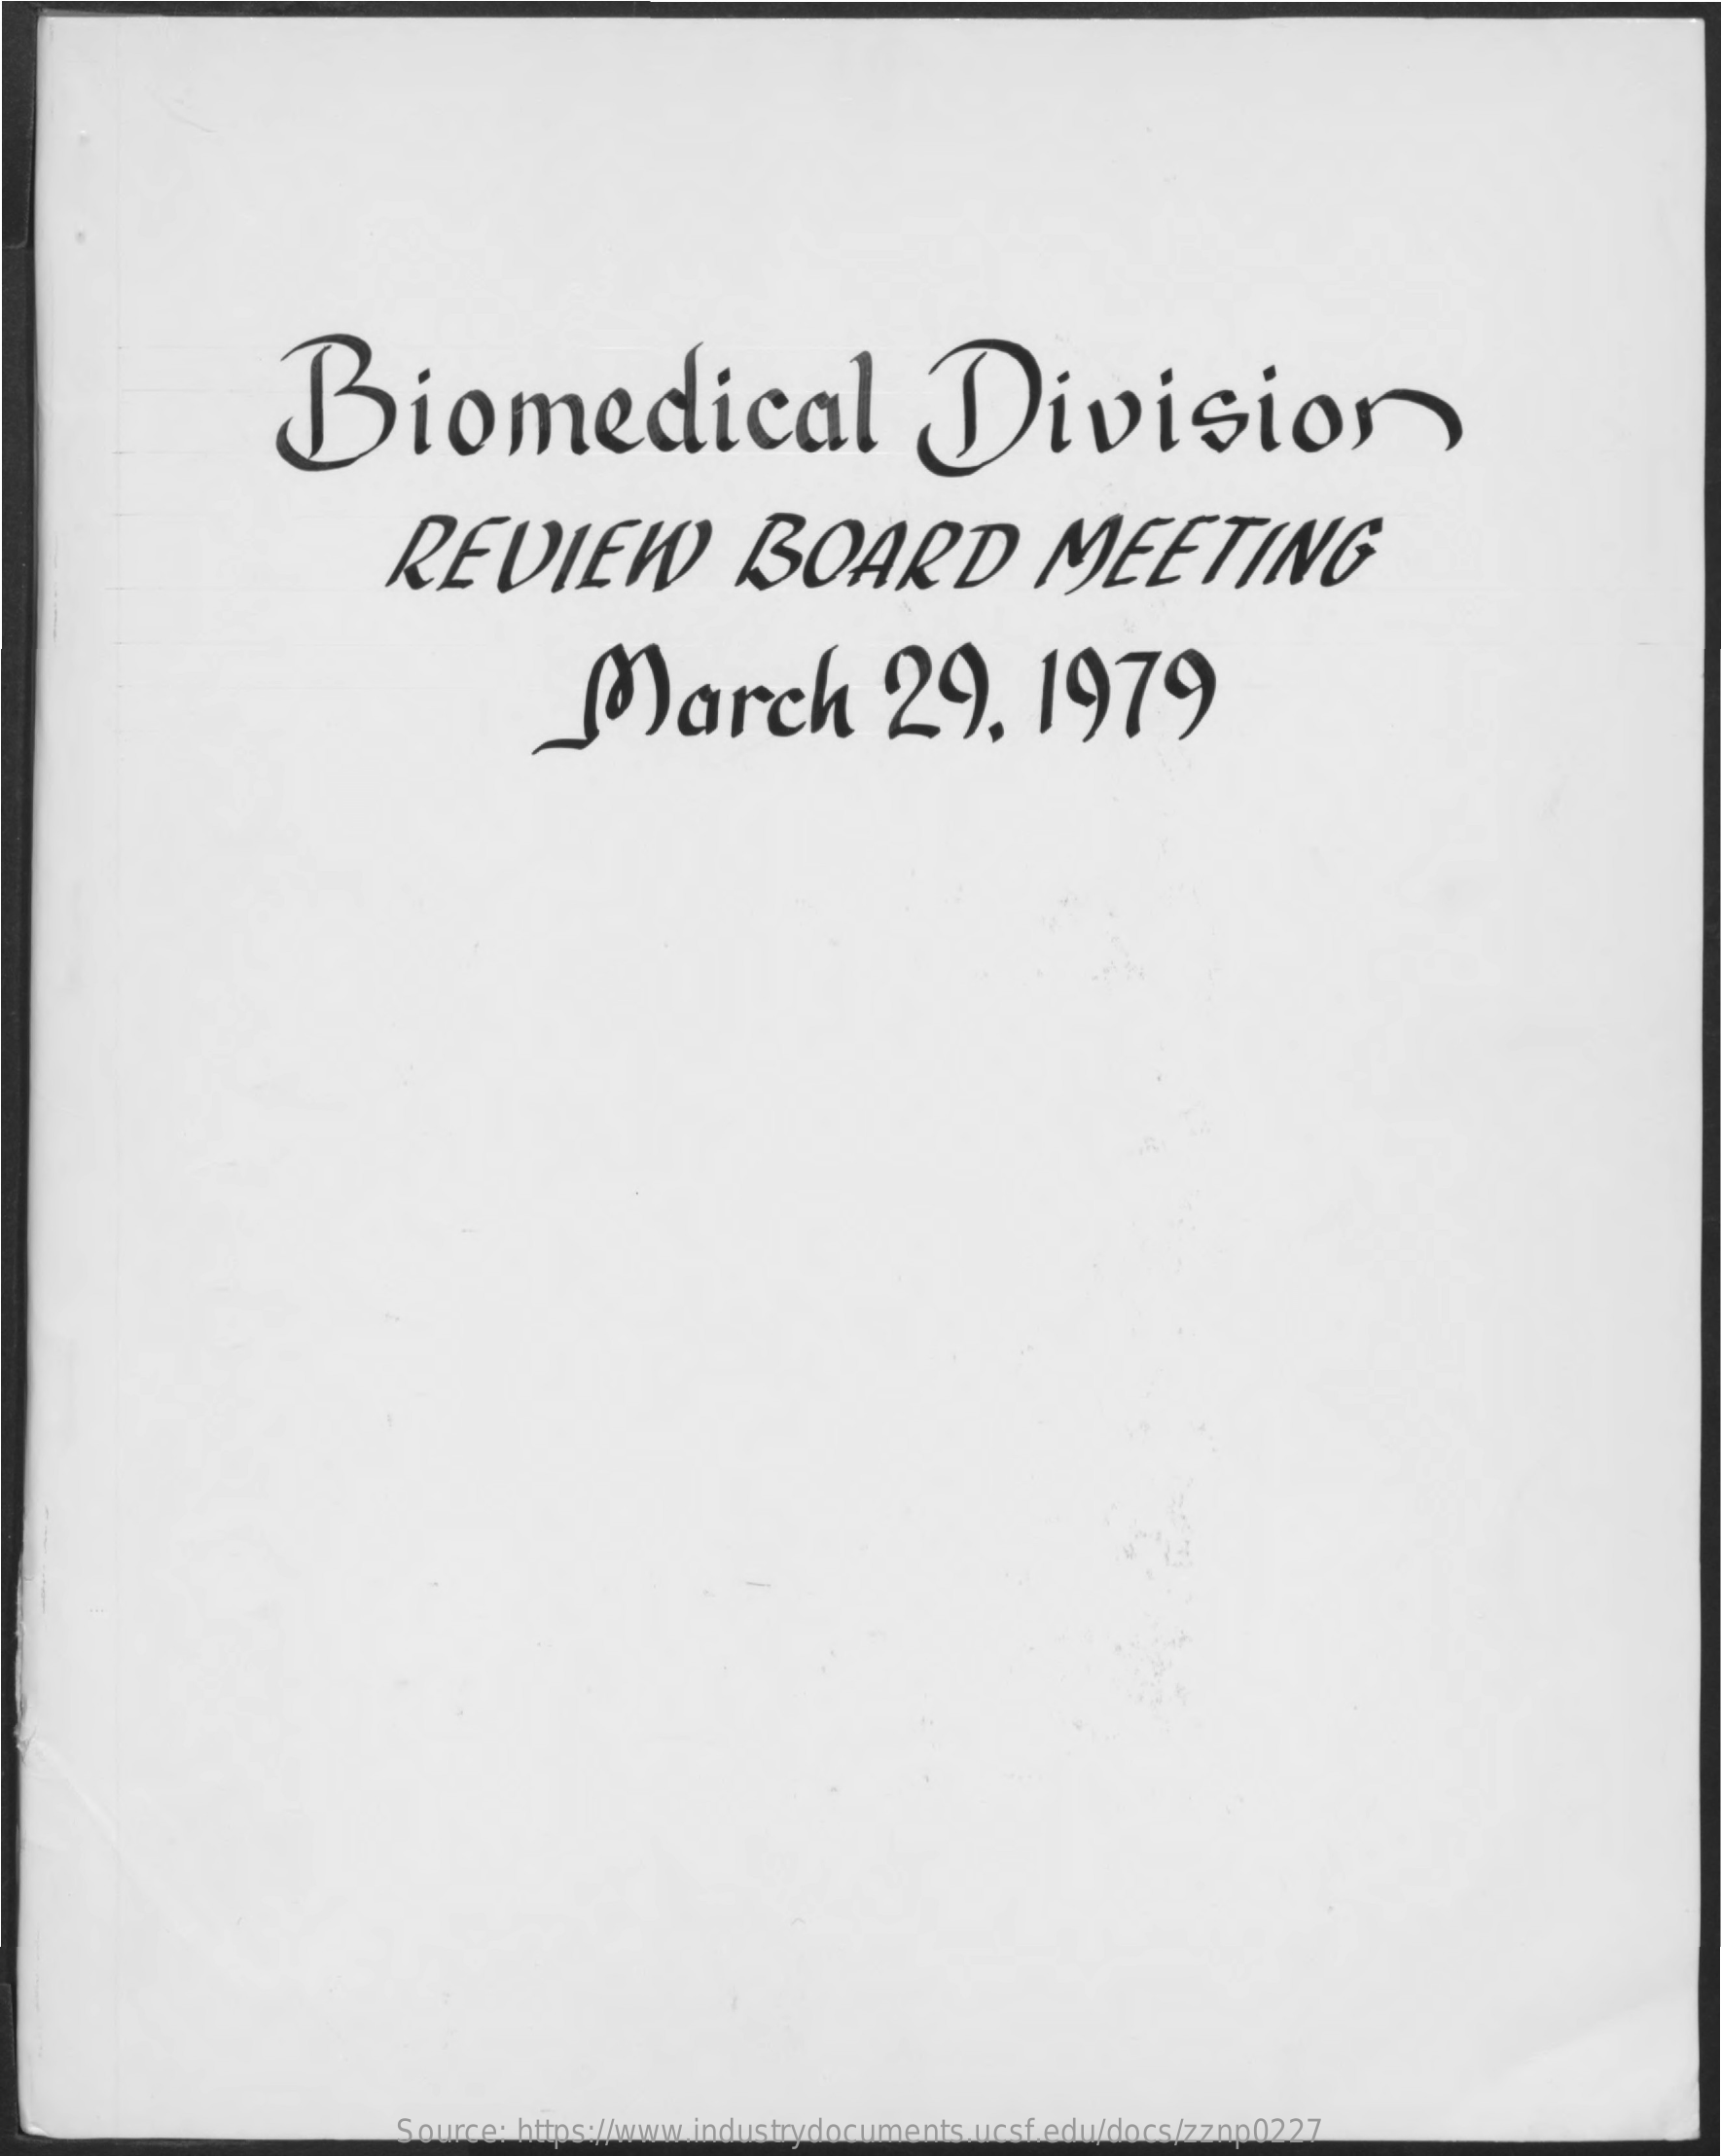
Biomedical    Division
     REVIEW    BOARD    MEETING
     March    29.    1979
     Source: https://www.industrydocuments.ucsf.edu/docs/zznp0227